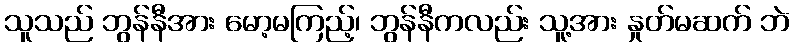
သူသည် ဘွန်နီအား မော့မကြည့်၊ ဘွန်နီကလည်း သူ့အား နှုတ်မဆက် ဘဲ